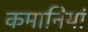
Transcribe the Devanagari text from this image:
कमानियां